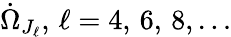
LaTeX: \dot{\Omega}_{J_{\ell}},\, \ell=4,\, 6,\, 8,\ldots